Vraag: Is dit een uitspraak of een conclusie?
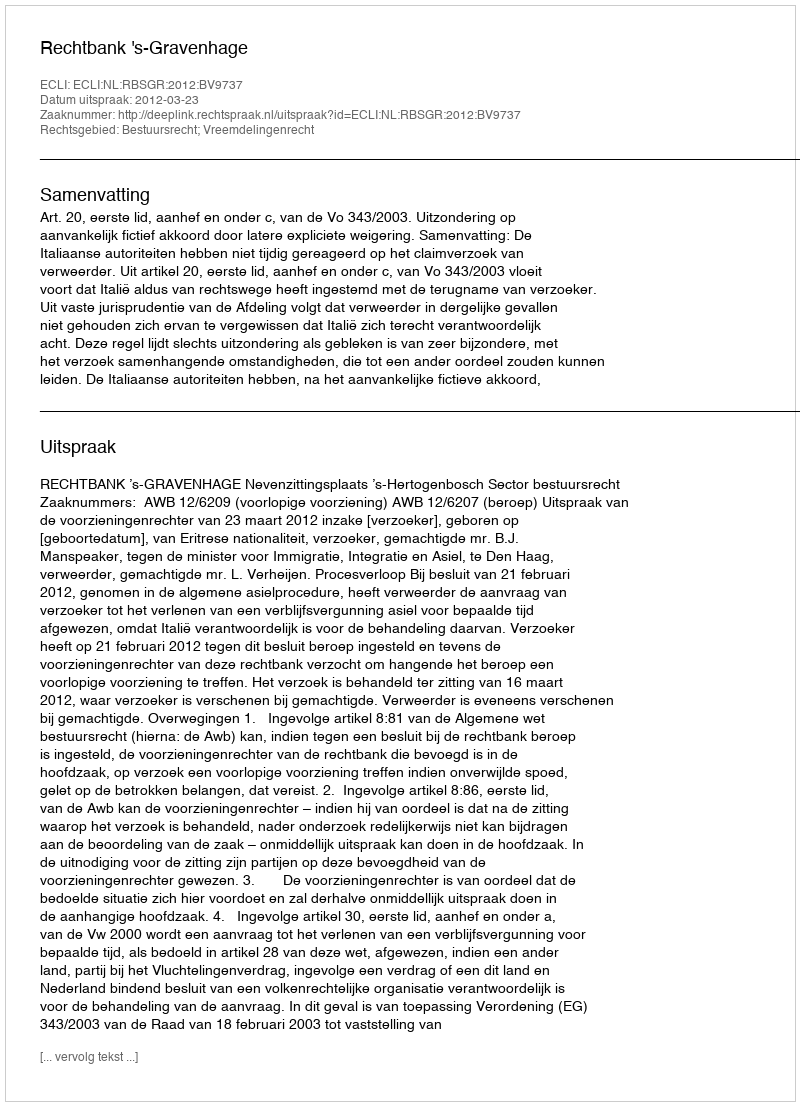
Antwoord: Uitspraak